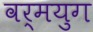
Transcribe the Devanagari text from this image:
वर्मयुग